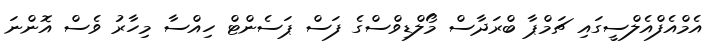
އެމްއެފްއެލްސީގައި ޗަމްޕާ ބްރަދާސް މޯލްޑިވްސްގެ ފަސް ޕަސެންޓް ހިއްސާ މިހާރު ވެސް އޮންނަ